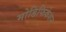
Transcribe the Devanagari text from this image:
मोडिफिकेशन